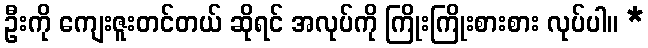
ဦးကို ကျေးဇူးတင်တယ် ဆိုရင် အလုပ်ကို ကြိုးကြိုးစားစား လုပ်ပါ။ *